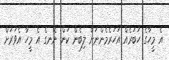
އެ މީހާގެ ހަބަރެއް އަހަރެމެންނަށް ލިބެން ކަން ނޭނގެ އެ މީހާ އެވަރަށް